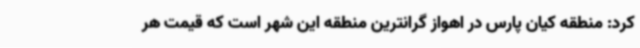
کرد: منطقه کیان پارس در اهواز گرانترین منطقه این شهر است که قیمت هر